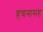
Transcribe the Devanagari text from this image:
हवनासह